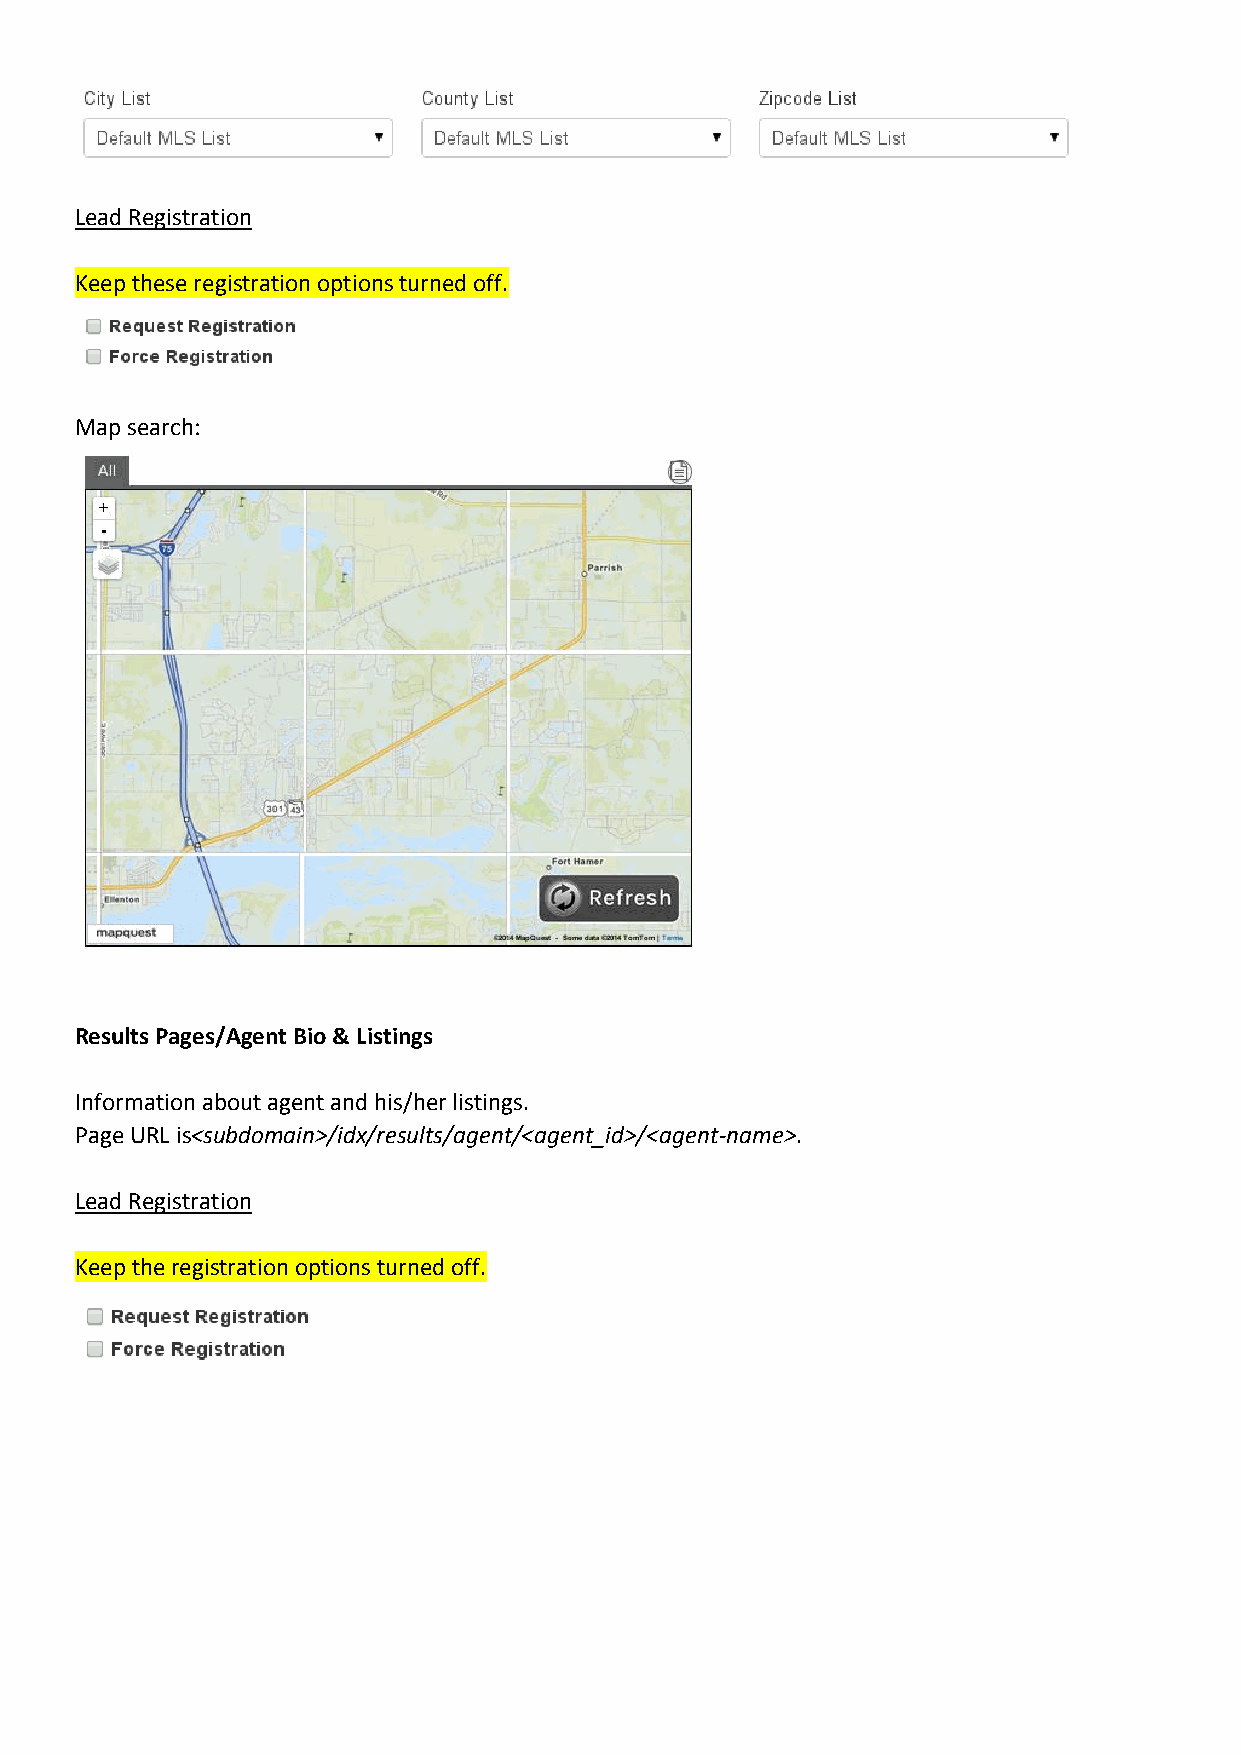
Lead Registration
 Keep these registration options turned off.
 Map search:
 Results Pages/Agent Bio & Listings
 Information about agent and his/her listings.
 Page URL is<subdomain>/idx/results/agent/<agent_id>/<agent-name>.
 Lead Registration
 Keep the registration options turned off.